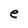
Character: e